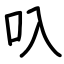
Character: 叺